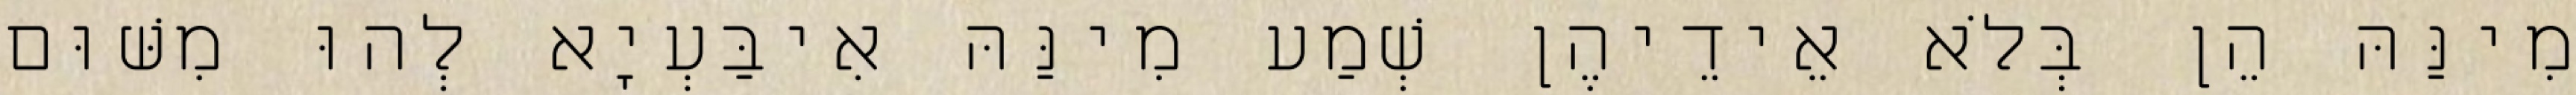
מִינַּהּ הֵן בְּלֹא אֵידֵיהֶן שְׁמַע מִינַּהּ אִיבַּעְיָא לְהוּ מִשּׁוּם